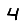
Digit: 4